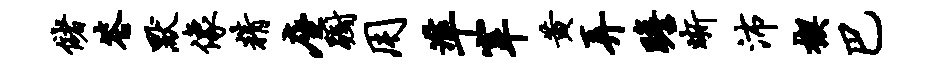
储答默像精座蹰用准宰黄弄瞻晰沛楔巴